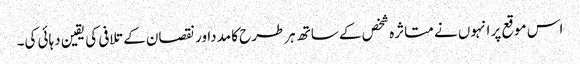
اس موقع پر انہوں نے متاثرہ شخص کے ساتھ ہرطرح کا مدداور نقصان کے تلافی کی یقین دہائی کی۔